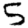
Digit: 5